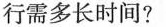
行需多长时间?